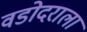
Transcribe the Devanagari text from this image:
वडोदराला